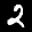
Label: 2